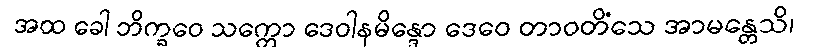
အထ ခေါ ဘိက္ခဝေ သက္ကော ဒေဝါနမိန္ဒော ဒေဝေ တာဝတိံသေ အာမန္တေသိ၊